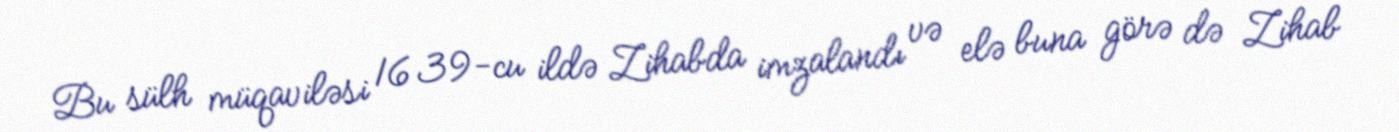
Bu sülh müqaviləsi 1639-cu ildə Zihabda imzalandı və elə buna görə də Zihab